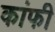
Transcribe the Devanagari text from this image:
कांफी